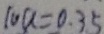
1 0 a = 0 . 3 5